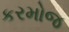
કરમોજ